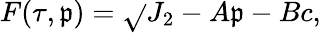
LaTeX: F(\tau,\mathfrak{p})=\sqrt{}{{J_{2}}}-A\mathfrak{p}-Bc,